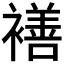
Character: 𮖯